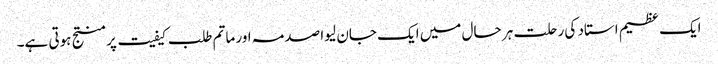
ایک عظیم استاد کی رحلت ہر حال میں ایک جان لیوا صدمہ اور ماتم طلب کیفیت پر منتج ہوتی ہے۔